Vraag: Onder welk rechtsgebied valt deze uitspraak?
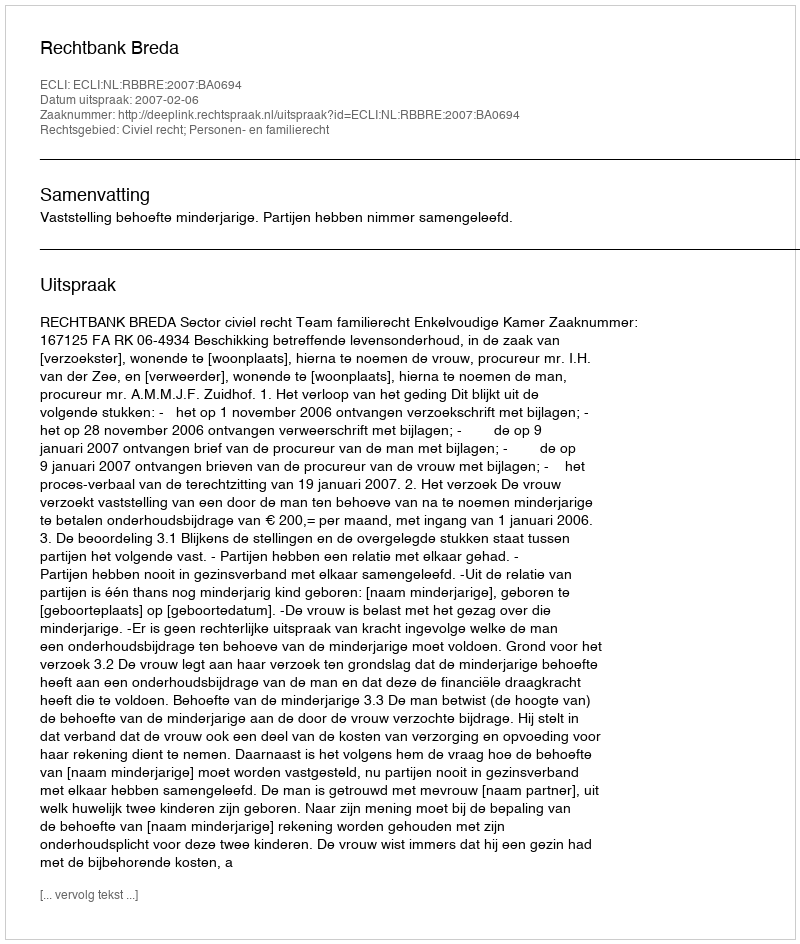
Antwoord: Civiel recht; Personen- en familierecht